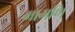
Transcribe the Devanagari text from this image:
मागणि